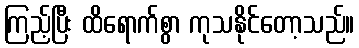
ကြည့်ပြီး ထိရောက်စွာ ကုသနိုင်တော့သည်။